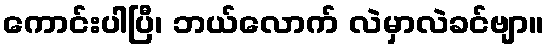
ကောင်းပါပြီ၊ ဘယ်လောက် လဲမှာလဲခင်ဗျာ။